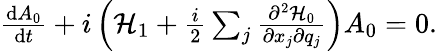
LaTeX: \begin{array}{r}{\frac{\mathrm{d}A_{0}}{\mathrm{d}t}+i\left(\mathcal{H}_{1}+\frac{i}{2}\sum_{j}\frac{\partial^{2}\mathcal{H}_{0}}{\partial x_{j}\partial q_{j}}\right)A_{0}=0.}\end{array}